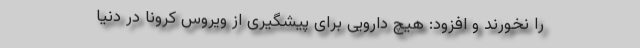
را نخورند و افزود: هیچ دارویی برای پیشگیری از ویروس کرونا در دنیا